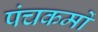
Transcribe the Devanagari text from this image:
पंचकर्मों